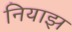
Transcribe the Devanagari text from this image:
नियाझ